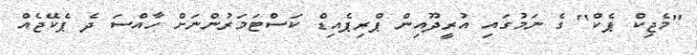
"މެޖިކް ޕެކް" ގެ ނަމުގައި އުރީދޫއިން ޕްރިޕެއިޑް ކަސްޓަމަރުންނަށް ހާއްސަ ދެ ޕެކޭޖެއް